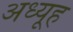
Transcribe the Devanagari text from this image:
अध्यूह